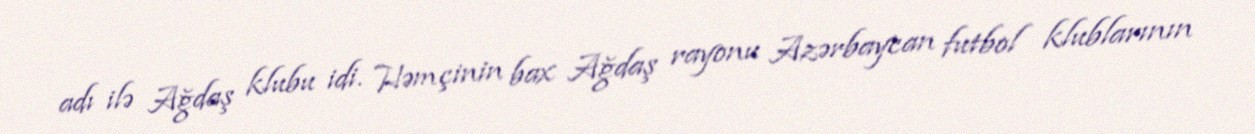
adı ilə Ağdaş klubu idi. Həmçinin bax Ağdaş rayonu Azərbaycan futbol klublarının